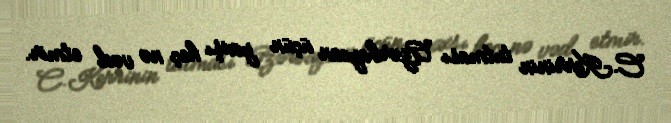
C.Kerrinin tutması Azərbaycan üçün yaxşı heç nə vəd etmir.